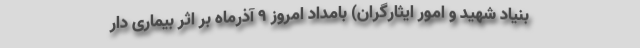
بنیاد شهید و امور ایثارگران) بامداد امروز ۹ آذرماه بر اثر بیماری دار